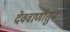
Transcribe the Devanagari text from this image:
देववाणीतुन